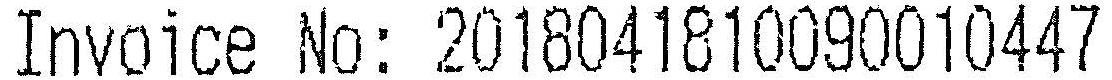
INVOICE NO: 2018041810090010447